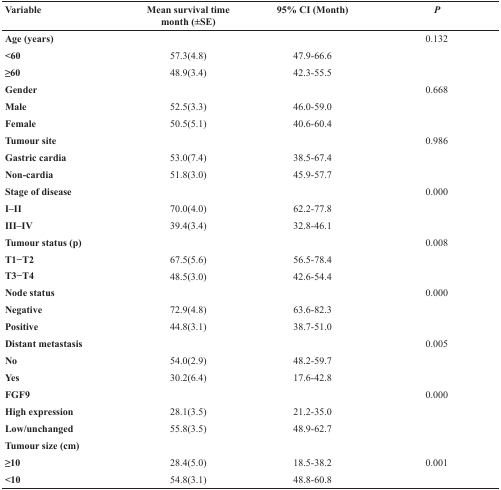
| Variable | Mean survival time month (±SE) | 95% CI (Month) | P |
 | --- | --- | --- | --- |
 | Age (years) |  |  | 0.132 |
 | <60 | 57.3(4.8) | 47.9-66.6 |  |
 | ≥60 | 48.9(3.4) | 42.3-55.5 |  |
 | Gender |  |  | 0.668 |
 | Male | 52.5(3.3) | 46.0-59.0 |  |
 | Female | 50.5(5.1) | 40.6-60.4 |  |
 | Tumour site |  |  | 0.986 |
 | Gastric cardia | 53.0(7.4) | 38.5-67.4 |  |
 | Non-cardia | 51.8(3.0) | 45.9-57.7 |  |
 | Stage of disease |  |  | 0.000 |
 | I–II | 70.0(4.0) | 62.2-77.8 |  |
 | III–IV | 39.4(3.4) | 32.8-46.1 |  |
 | Tumour status (p) |  |  | 0.008 |
 | T1−T2 | 67.5(5.6) | 56.5-78.4 |  |
 | T3−T4 | 48.5(3.0) | 42.6-54.4 |  |
 | Node status |  |  | 0.000 |
 | Negative | 72.9(4.8) | 63.6-82.3 |  |
 | Positive | 44.8(3.1) | 38.7-51.0 |  |
 | Distant metastasis |  |  | 0.005 |
 | No | 54.0(2.9) | 48.2-59.7 |  |
 | Yes | 30.2(6.4) | 17.6-42.8 |  |
 | FGF9 |  |  | 0.000 |
 | High expression | 28.1(3.5) | 21.2-35.0 |  |
 | Low/unchanged | 55.8(3.5) | 48.9-62.7 |  |
 | Tumour size (cm) |  |  |  |
 | ≥10 | 28.4(5.0) | 18.5-38.2 | 0.001 |
 | <10 | 54.8(3.1) | 48.8-60.8 |  |